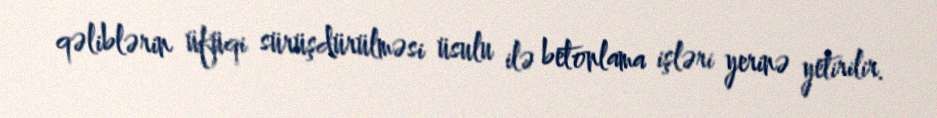
qəliblərin üfüqi sürüşdürülməsi üsulu ilə betonlama işləri yerinə yetirilir.